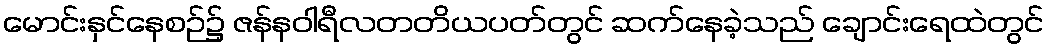
မောင်းနှင်နေစဉ်၌ ဇန်နဝါရီလတတိယပတ်တွင် ဆက်နေခဲ့သည် ချောင်းရေထဲတွင်